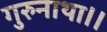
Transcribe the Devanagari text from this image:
गुरुनाथा।।